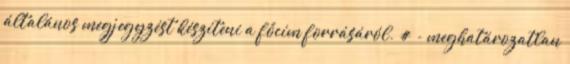
általános megjegyzést készíteni a főcím forrásáról. # - meghatározatlan